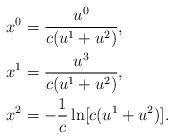
\begin{align*}x^0&=\frac{u^0}{c(u^1+u^2)},\\x^1&=\frac{u^3}{c(u^1+u^2)},\\x^2&=-\frac{1}{c}\ln[c(u^1+u^2)].\end{align*}